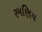
રમણિય